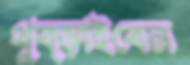
থুব্‌ড়াইবেন